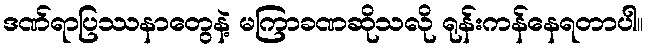
ဒဏ်ရာပြဿနာတွေနဲ့ မကြာခဏဆိုသလို ရုန်းကန်နေရတာပါ။